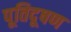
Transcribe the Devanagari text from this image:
पूतिदूषण